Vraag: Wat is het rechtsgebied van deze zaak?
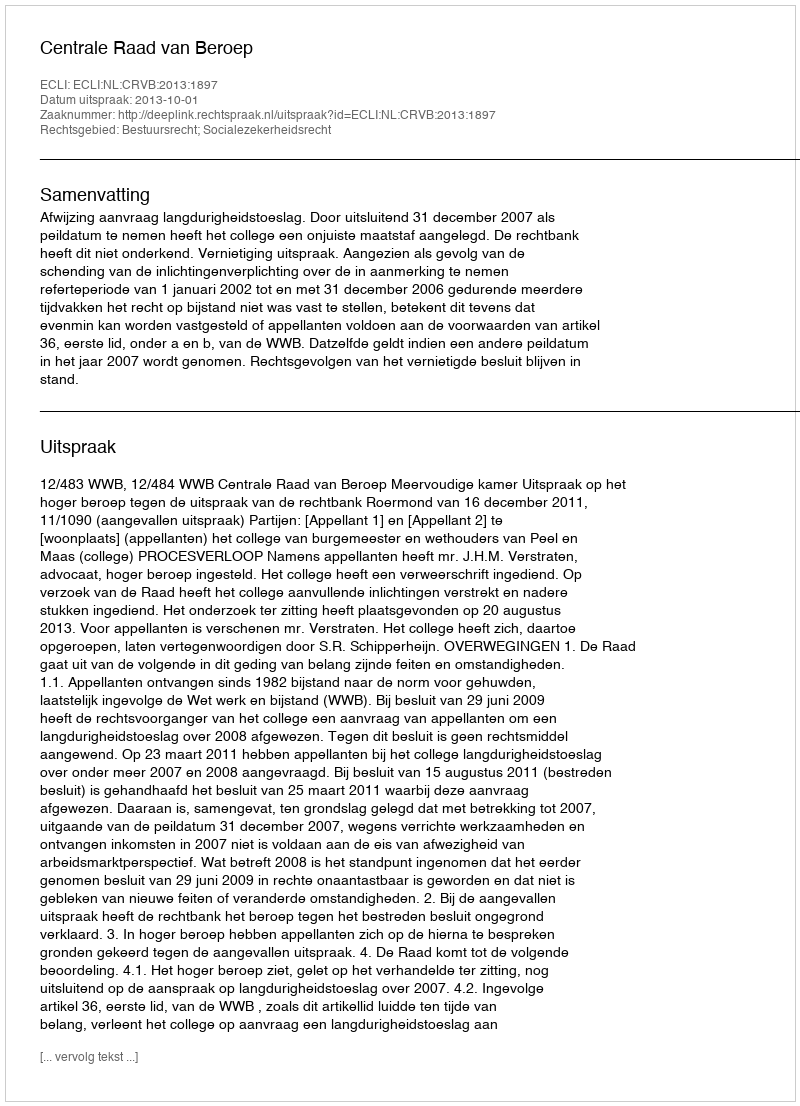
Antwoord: Bestuursrecht; Socialezekerheidsrecht